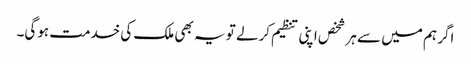
اگر ہم میں سے ہر شخص اپنی تنظیم کرلے تو یہ بھی ملک کی خدمت ہوگی۔